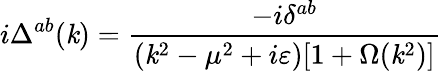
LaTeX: i\Delta^{ab}(\mathit{k})=\frac{{-i\delta^{ab}}}{{(\mathit{k}^{2}-\mu^{2}+i\varepsilon)[1+\Omega(\mathit{k}^{2})]}}